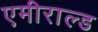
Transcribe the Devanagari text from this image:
एमीराल्ड